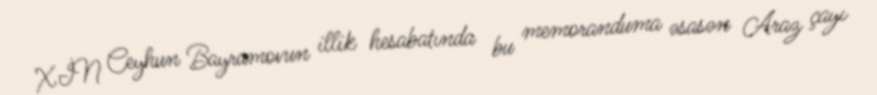
XİN Ceyhun Bayramovun illik hesabatında bu memoranduma əsasən Araz çayı